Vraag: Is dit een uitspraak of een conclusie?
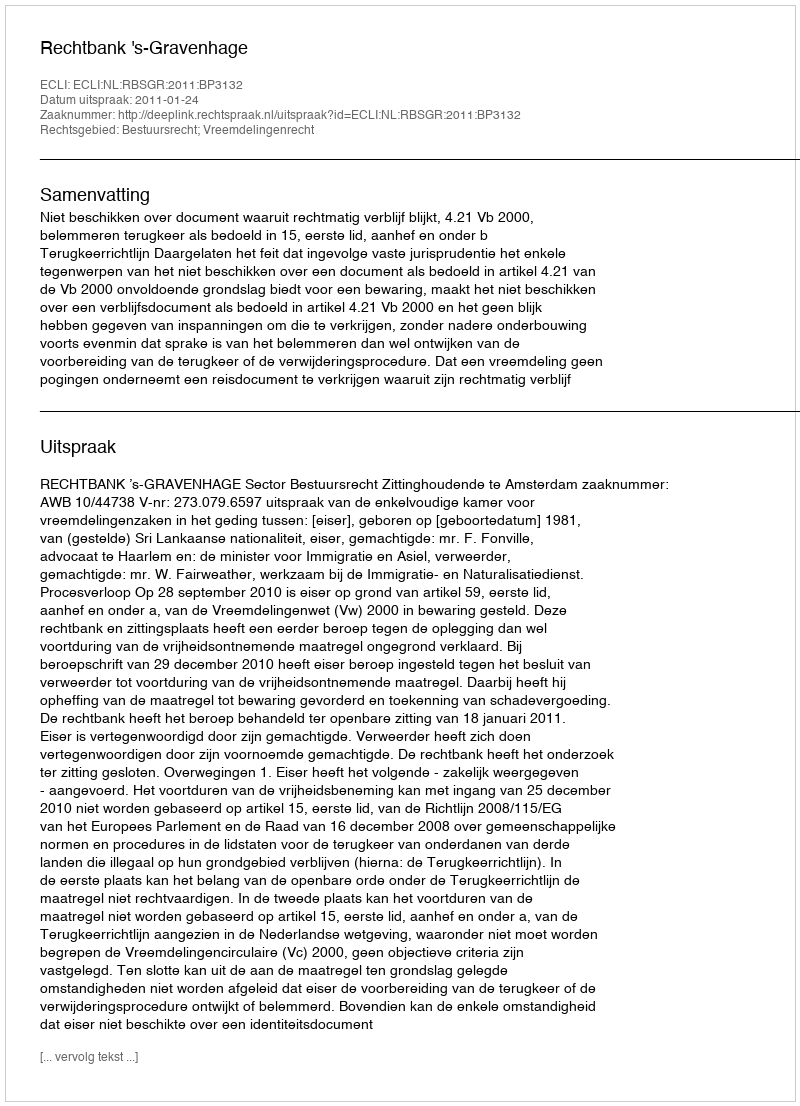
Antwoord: Uitspraak